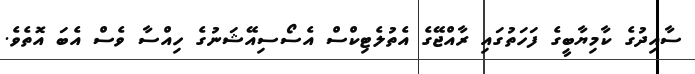
ސާއިދުގެ ކާމިޔާބީގެ ފަހަތުގައި ރާއްޖޭގެ އެތުލެޓިކްސް އެސޯސިއޭޝަނުގެ ހިއްސާ ވެސް އެބަ އޮތެވެ.